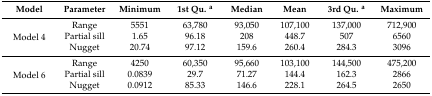
<table><thead><tr><td><b>Model</b></td><td><b>Parameter</b></td><td><b>Minimum</b></td><td><b>1st Qu. <sup>a</sup></b></td><td><b>Median</b></td><td><b>Mean</b></td><td><b>3rd Qu. <sup>a</sup></b></td><td><b>Maximum</b></td></tr></thead><tbody><tr><td rowspan="3">Model 4</td><td>Range</td><td>5551</td><td>63,780</td><td>93,050</td><td>107,100</td><td>137,000</td><td>712,900</td></tr><tr><td>Partial sill</td><td>1.65</td><td>96.18</td><td>208</td><td>448.7</td><td>507</td><td>6560</td></tr><tr><td>Nugget</td><td>20.74</td><td>97.12</td><td>159.6</td><td>260.4</td><td>284.3</td><td>3096</td></tr><tr><td rowspan="3">Model 6</td><td>Range</td><td>4250</td><td>60,350</td><td>95,660</td><td>103,100</td><td>144,500</td><td>475,200</td></tr><tr><td>Partial sill</td><td>0.0839</td><td>29.7</td><td>71.27</td><td>144.4</td><td>162.3</td><td>2866</td></tr><tr><td>Nugget</td><td>0.0912</td><td>85.33</td><td>146.6</td><td>228.1</td><td>264.5</td><td>2650</td></tr></tbody></table>